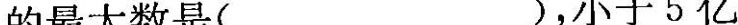
的最大数是( )，小于5亿